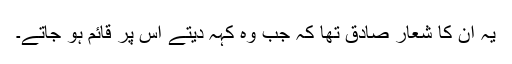
یہ ان کا شعار صادق تھا کہ جب وہ کہہ دیتے اس پر قائم ہو جاتے۔